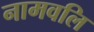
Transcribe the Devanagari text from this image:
नामवलि